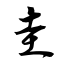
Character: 圭